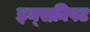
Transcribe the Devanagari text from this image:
इन्स्क्रीपट